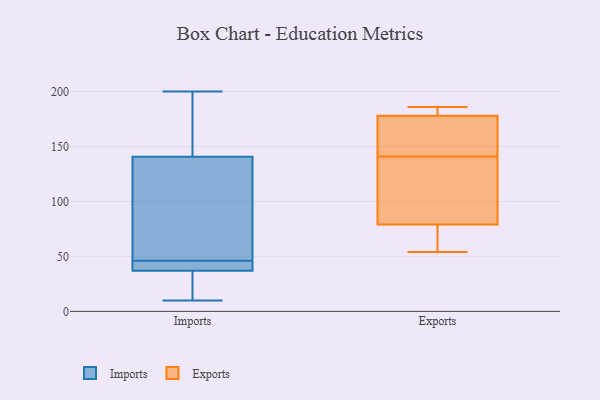
{"axis": {"x": "Market Share (%)", "y": "Value"}, "legend": ["Exports", "Imports"], "data": [{"x": "", "y": 195, "type": "Imports"}, {"x": "", "y": 36, "type": "Imports"}, {"x": "", "y": 85, "type": "Imports"}, {"x": "", "y": 43, "type": "Imports"}, {"x": "", "y": 35, "type": "Imports"}, {"x": "", "y": 44, "type": "Imports"}, {"x": "", "y": 46, "type": "Imports"}, {"x": "", "y": 10, "type": "Imports"}, {"x": "", "y": 125, "type": "Imports"}, {"x": "", "y": 40, "type": "Imports"}, {"x": "", "y": 146, "type": "Imports"}, {"x": "", "y": 200, "type": "Imports"}, {"x": "", "y": 36, "type": "Imports"}, {"x": "", "y": 170, "type": "Imports"}, {"x": "", "y": 93, "type": "Imports"}, {"x": "", "y": 154, "type": "Exports"}, {"x": "", "y": 54, "type": "Exports"}, {"x": "", "y": 136, "type": "Exports"}, {"x": "", "y": 186, "type": "Exports"}, {"x": "", "y": 73, "type": "Exports"}, {"x": "", "y": 79, "type": "Exports"}, {"x": "", "y": 186, "type": "Exports"}, {"x": "", "y": 146, "type": "Exports"}, {"x": "", "y": 106, "type": "Exports"}, {"x": "", "y": 178, "type": "Exports"}]}